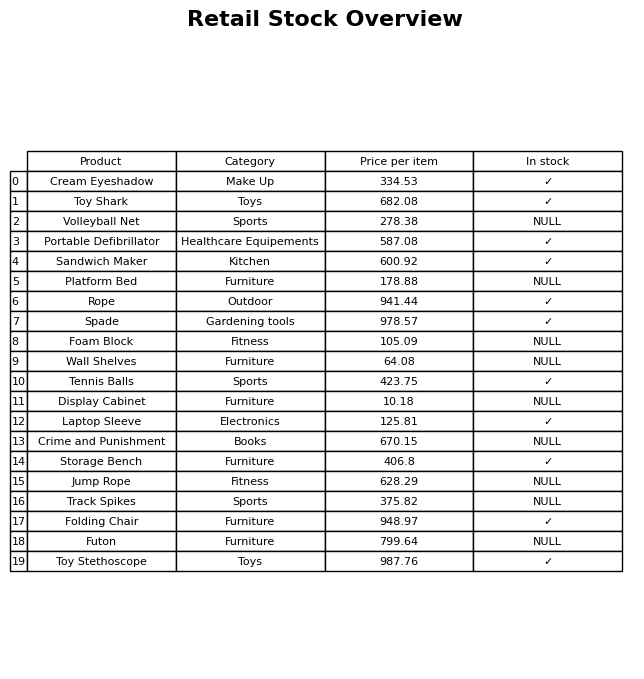
question: What category does the Portable Defibrillator belong to?
answer: Healthcare Equipements